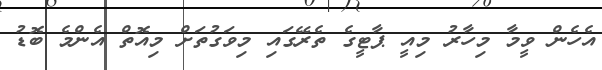
އެހެން ވީމާ މިހާރު މިއީ ޕާޓީގެ ތެރޭގައި މިވަގުތަށް މިއޮތް އެންމެ ބޮޑު